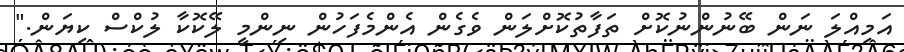
އަމިއްލަ ނަން ބޭނުންނުކޮށް ތަފާތުކޮށްލަން ވެގެން އެންމެފަހުން ނިންމީ ލޭކޮކާ ލުކްސް ކިޔަން."